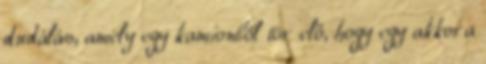
dudálás, amely egy kamionból tör elő, hogy egy akkora